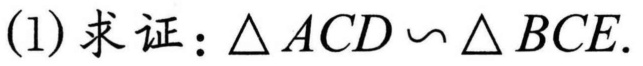
(1)求证：\(\triangle ACD\sim\triangle BCE\).